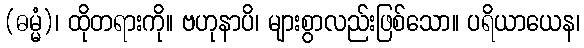
(ဓမ္မံ)၊ ထိုတရားကို။ ဗဟုနာပိ၊ များစွာလည်းဖြစ်သော။ ပရိယာယေန၊